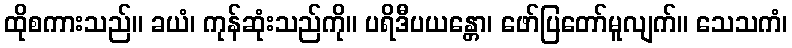
ထိုစကားသည်။ ခယံ၊ ကုန်ဆုံးသည်ကို။ ပရိဒီပယန္တော၊ ဖော်ပြတော်မူလျက်။ သေသကံ၊